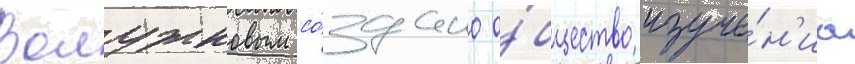
Волужковым со́здано о́бщество изуче́н'иа